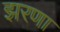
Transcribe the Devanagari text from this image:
झरणा